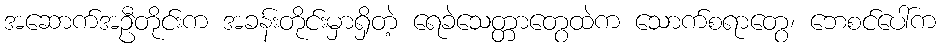
အဆောက်အဦတိုင်းက အခန်းတိုင်းမှာရှိတဲ့ ရေခဲသေတ္တာတွေထဲက သောက်စရာတွေ၊ ဘေစင်ပေါ်က